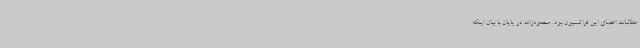
مطالبات اعضای این فراکسیون بود. محمودزاده در پایان با بیان اینکه